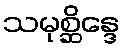
သမုစ္ဆိန္ဒေ